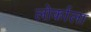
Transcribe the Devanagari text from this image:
लोर्काला